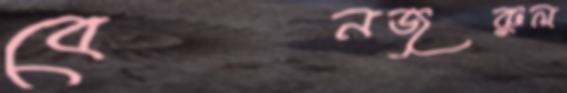
বেনজুরুল